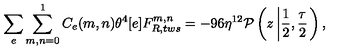
\sum _ { e } \sum _ { m , n = 0 } ^ { 1 } C _ { e } ( m , n ) \theta ^ { 4 } [ e ] F _ { R , t w s } ^ { m , n } = - 9 6 \eta ^ { 1 2 } { \cal P } \left( z \left| \frac { 1 } { 2 } , \frac { \tau } { 2 } \right. \right) ,